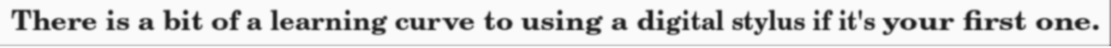
There is a bit of a learning curve to using a digital stylus if it's your first one.